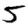
Digit: 5